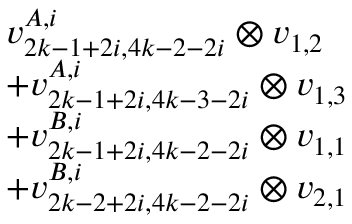
\begin{array} { r l } & { v _ { 2 k - 1 + 2 i , 4 k - 2 - 2 i } ^ { A , i } \otimes v _ { 1 , 2 } } \\ & { + v _ { 2 k - 1 + 2 i , 4 k - 3 - 2 i } ^ { A , i } \otimes v _ { 1 , 3 } } \\ & { + v _ { 2 k - 1 + 2 i , 4 k - 2 - 2 i } ^ { B , i } \otimes v _ { 1 , 1 } } \\ & { + v _ { 2 k - 2 + 2 i , 4 k - 2 - 2 i } ^ { B , i } \otimes v _ { 2 , 1 } } \end{array}